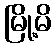
မြို့မိ